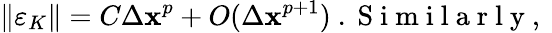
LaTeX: \left\| \varepsilon_{K}\right\| =C\Delta\mathbf{x}^{p}+O(\Delta\mathbf{x}^{p+1})\mathrm{{~.~S~i~m~i~l~a~r~l~y~,~}}